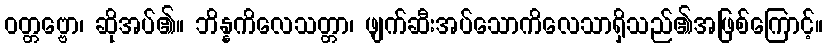
ဝတ္တဗ္ဗော၊ ဆိုအပ်၏။ ဘိန္နကိလေသတ္တာ၊ ဖျက်ဆီးအပ်သောကိလေသာရှိသည်၏အဖြစ်ကြောင့်။